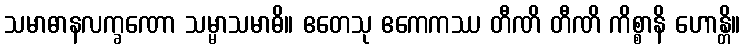
သမာဓာနလက္ခဏော သမ္မာသမာဓိ။ ဧတေသု ဧကေကဿ တီဏိ တီဏိ ကိစ္စာနိ ဟောန္တိ။